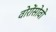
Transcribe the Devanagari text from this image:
वोरोंसोवो